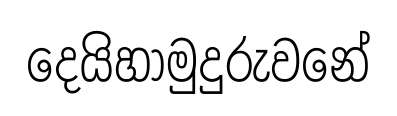
දෙයිහාමුදුරුවනේ